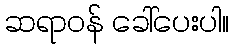
ဆရာဝန် ခေါ်ပေးပါ။